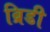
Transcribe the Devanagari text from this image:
ब्रिडी